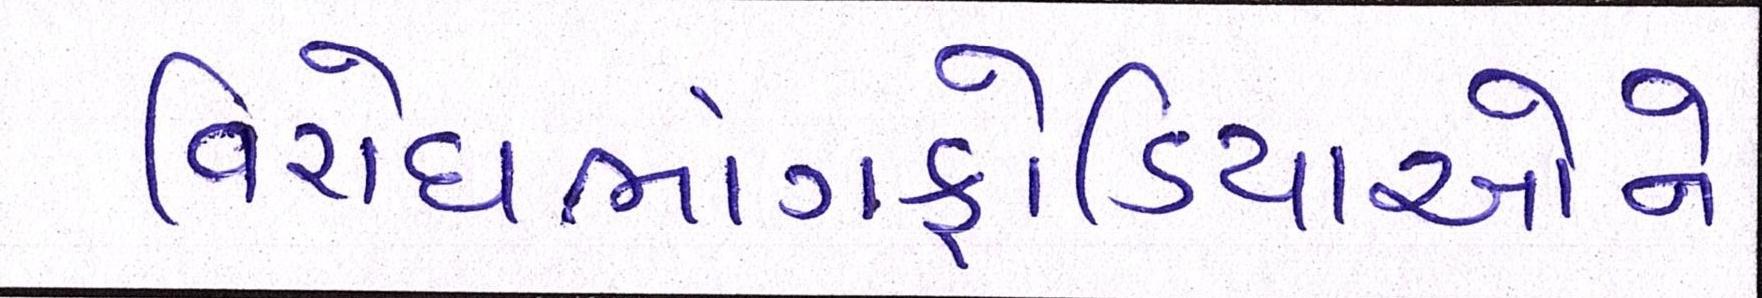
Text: વિરોધભાંગફોડિયાઓને